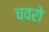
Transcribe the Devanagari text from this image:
चवरो